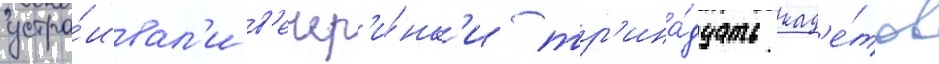
устра́ивал'и в'ечер'и́нк'и тр'ина́дцать кад'е́тов